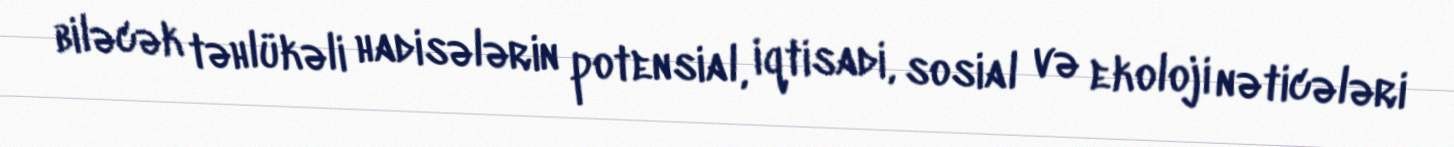
biləcək təhlükəli hadisələrin potensial, iqtisadi, sosial və ekoloji nəticələri